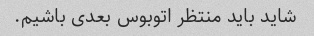
شاید باید منتظر اتوبوس بعدی باشیم.